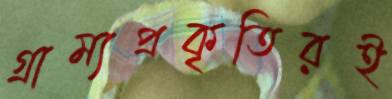
গ্রাম্যপ্রকৃতিরই